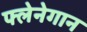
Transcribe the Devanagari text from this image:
फ्लेनेगान